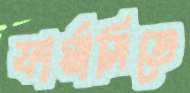
ফার্মাসিতে